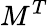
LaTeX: M^{T}